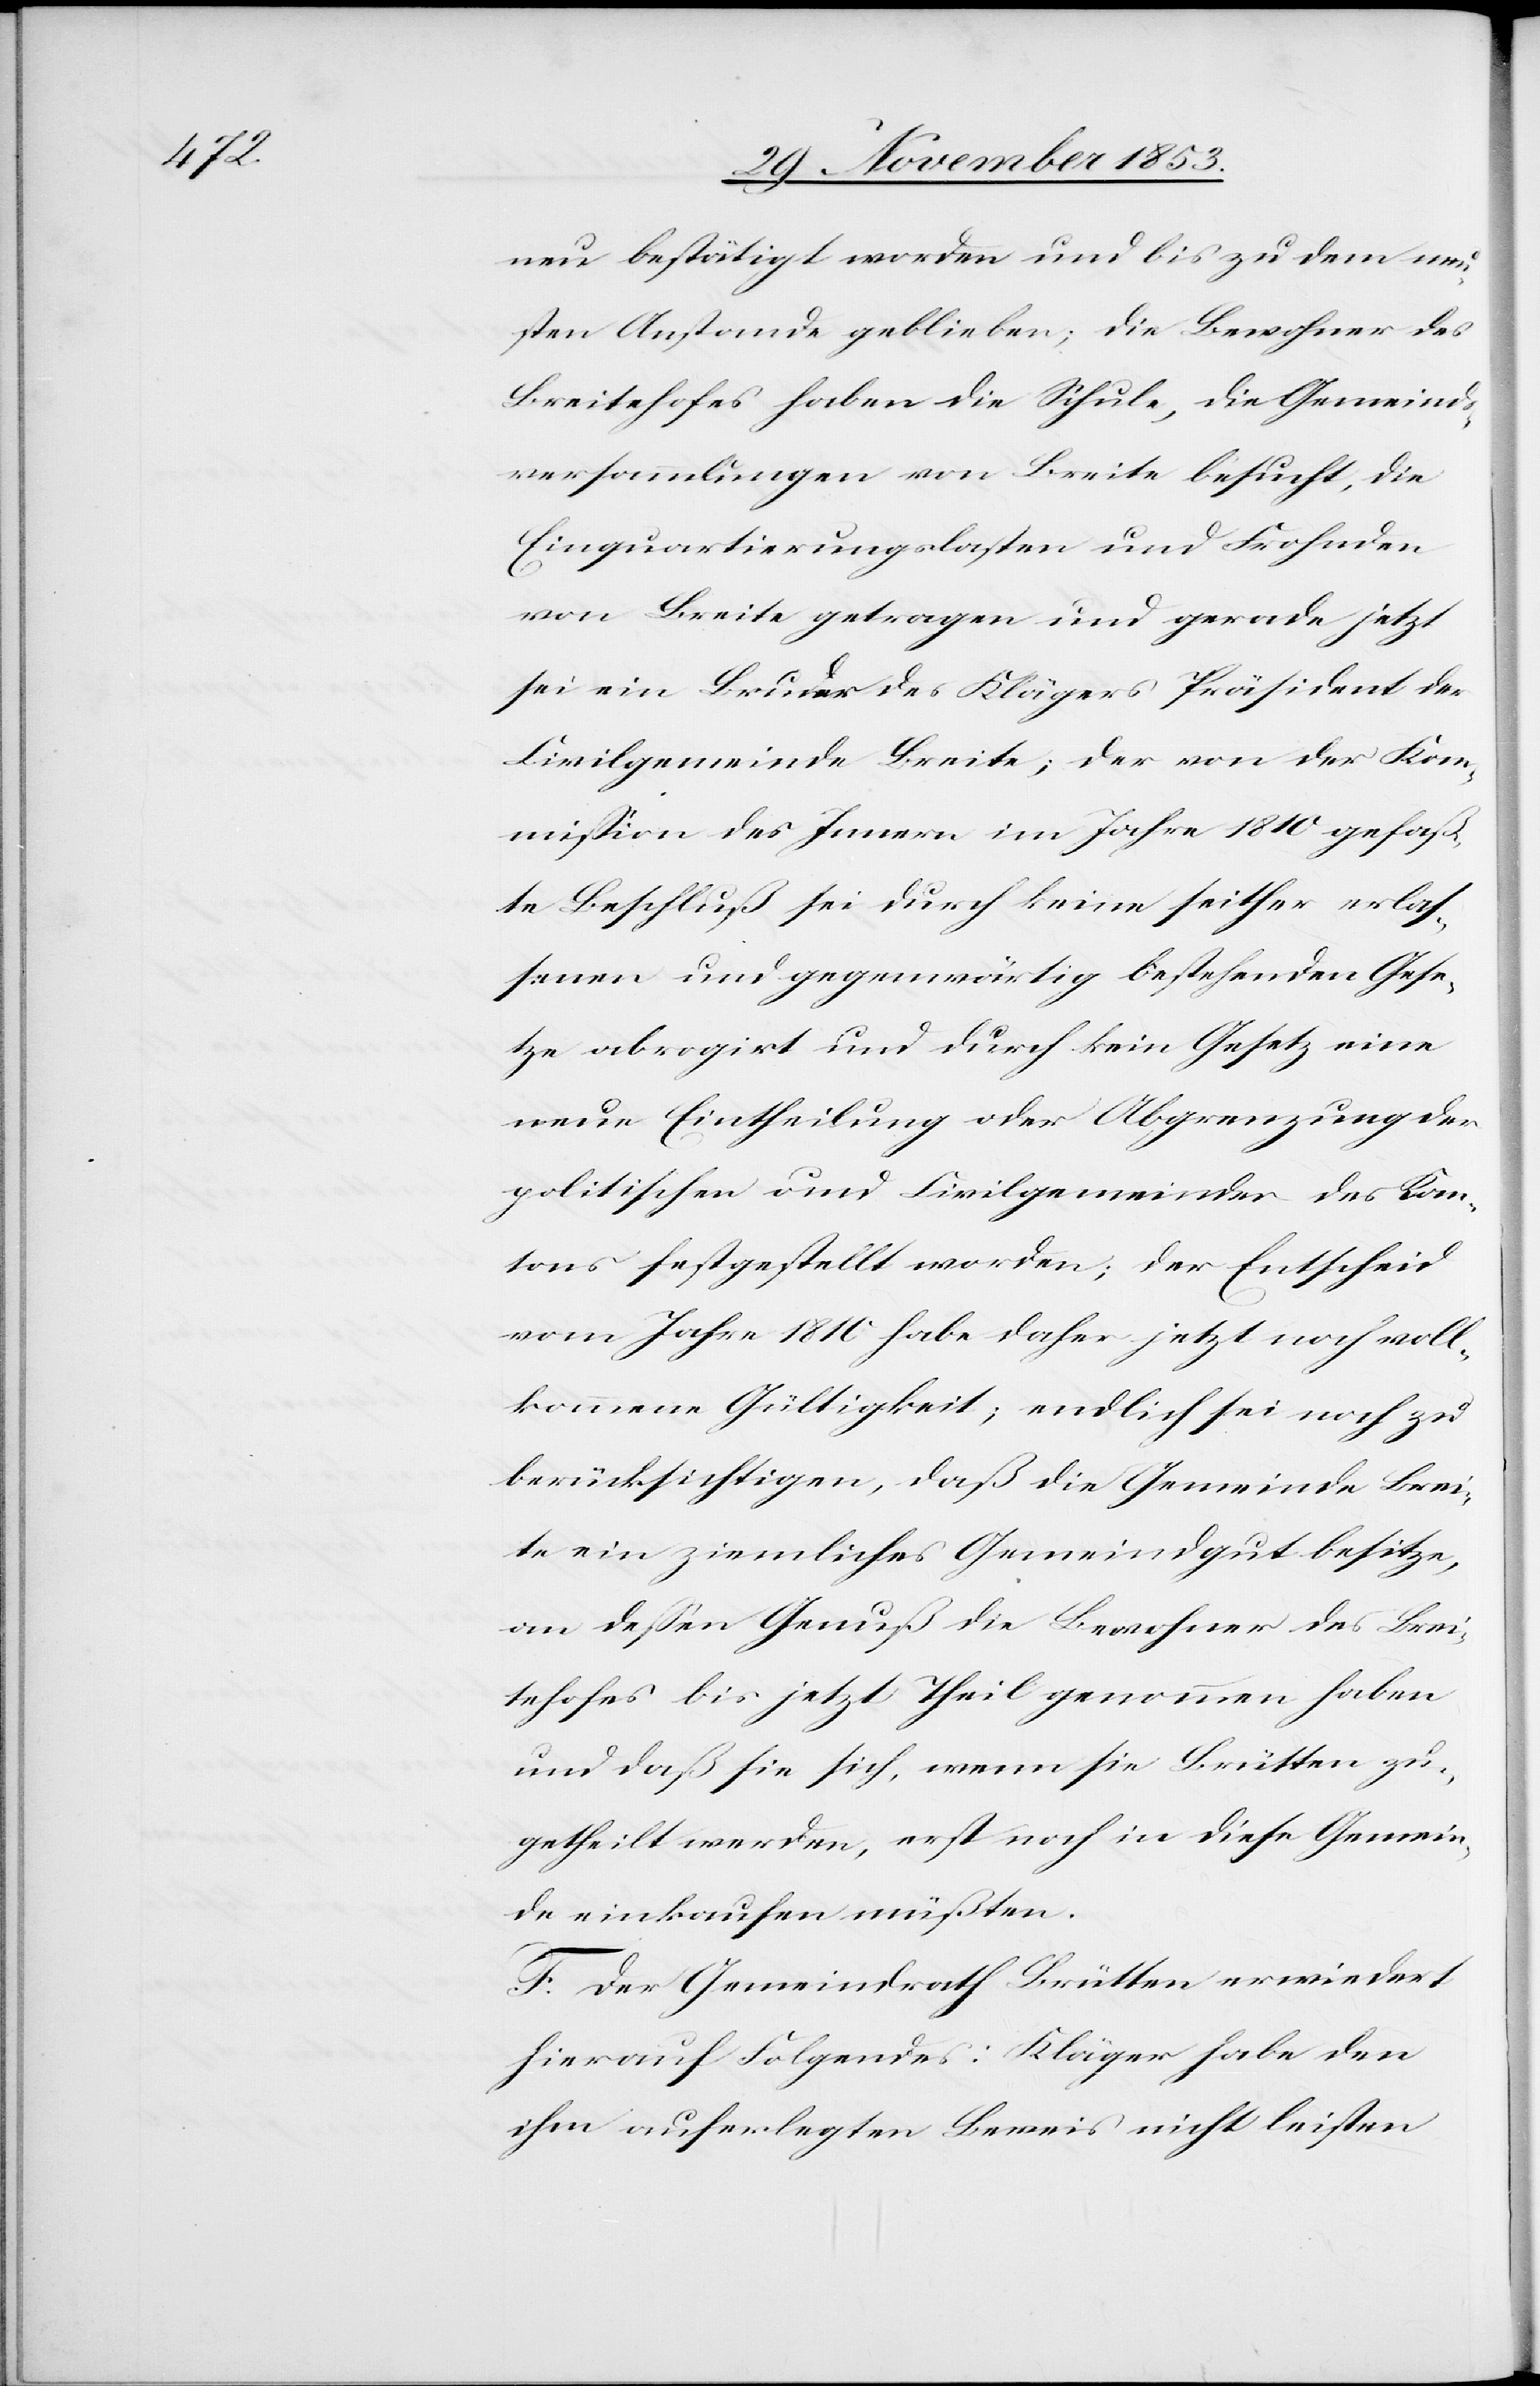
tzen

neu bestätigt worden und bis zu dem neu¬
sten Anstande geblieben, die Bewohner des
Breitehofs haben die Schule, die Gemeinds¬
versammlungen von Breite besucht, die
Einquartierungslasten und Frohnden
von Breite getragen und gerade jetzt
sei ein Bruder des Klägers Präsident der
Civilgemeinde Breite; der von der Kom¬
mißion des Innern im Jahre 1810 gefaß¬
te Beschluß sei durch keine seither erlas¬
senen und gegenwärtig bestehenden Gese¬
neue Eintheilung oder Abgrenzung der
politischen und Civilgemeinden des Kan¬
tons festgestellt worden; der Entscheid
vom Jahre 1810 habe daher jetzt noch voll¬
kommen Gültigkeit; endlich sei noch zu
berücksichtigen, daß die Gemeinde Brei¬
te ein ziemliches Gemeindgut besitze,
an deßen Genuß die Bewohner des Brei¬
tehofes bis jetzt Theil genommen haben
und daß sie sich, wenn sie Brütten zu¬
getheilt werden, erst noch in diese Gemein¬
de einkaufen müßten.
F. Der Gemeindrath Brütten erwiedert
hierauf Folgendes: Kläger habe den
ihm auferlegten Beweis nicht leisten